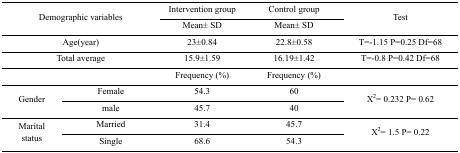
<table><thead><tr><td rowspan="3" colspan="2"><b>Demographic variables</b></td><td><b>Intervention group</b></td><td><b>Control group</b></td><td rowspan="3"><b>Test</b></td></tr><tr><td><b>Mean± SD</b></td><td><b>Mean± SD</b></td></tr></thead><tbody><tr><td colspan="2">Age(year)</td><td>23±0.84</td><td>22.8±0.58</td><td>T=-1.15 P=0.25 Df=68</td></tr><tr><td colspan="2">Total average</td><td>15.9±1.59</td><td>16.19±1.42</td><td>T=-0.8 P=0.42 Df=68</td></tr><tr><td colspan="2"></td><td>Frequency (%)</td><td>Frequency (%)</td><td></td></tr><tr><td rowspan="3">Gender</td><td>Female</td><td>54.3</td><td>60</td><td rowspan="3">X<sup>2</sup>= 0.232 P= 0.62</td></tr><tr><td>male</td><td>45.7</td><td>40</td></tr><tr><td rowspan="3">Marital status</td><td>Married</td><td>31.4</td><td>45.7</td><td rowspan="3">X<sup>2</sup>= 1.5 P= 0.22</td></tr><tr><td>Single</td><td>68.6</td><td>54.3</td></tr></tbody></table>